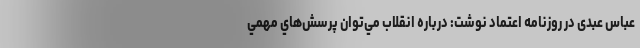
عباس عبدی در روزنامه اعتماد نوشت: درباره انقلاب مي‌توان پرسش‌هاي مهمي